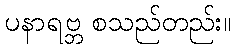
ပနာရဗ္ဘ စသည်တည်း။